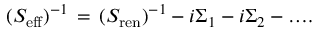
( S _ { \mathrm { e f f } } ) ^ { - 1 } \, = \, ( S _ { \mathrm { r e n } } ) ^ { - 1 } - i \Sigma _ { 1 } - i \Sigma _ { 2 } - \dots \! .